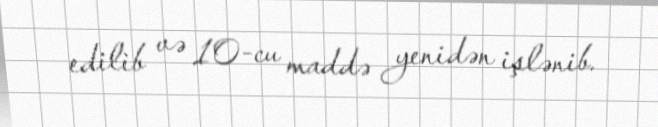
edilib və 10-cu maddə yenidən işlənib.